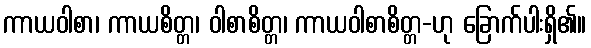
ကာယဝါစာ၊ ကာယစိတ္တ၊ ဝါစာစိတ္တ၊ ကာယဝါစာစိတ္တ-ဟု ခြောက်ပါးရှိ၏။